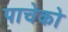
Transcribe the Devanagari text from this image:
पाचेको